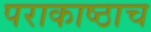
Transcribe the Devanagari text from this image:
पराकाष्ठाच